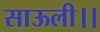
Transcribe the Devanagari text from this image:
साऊली।।